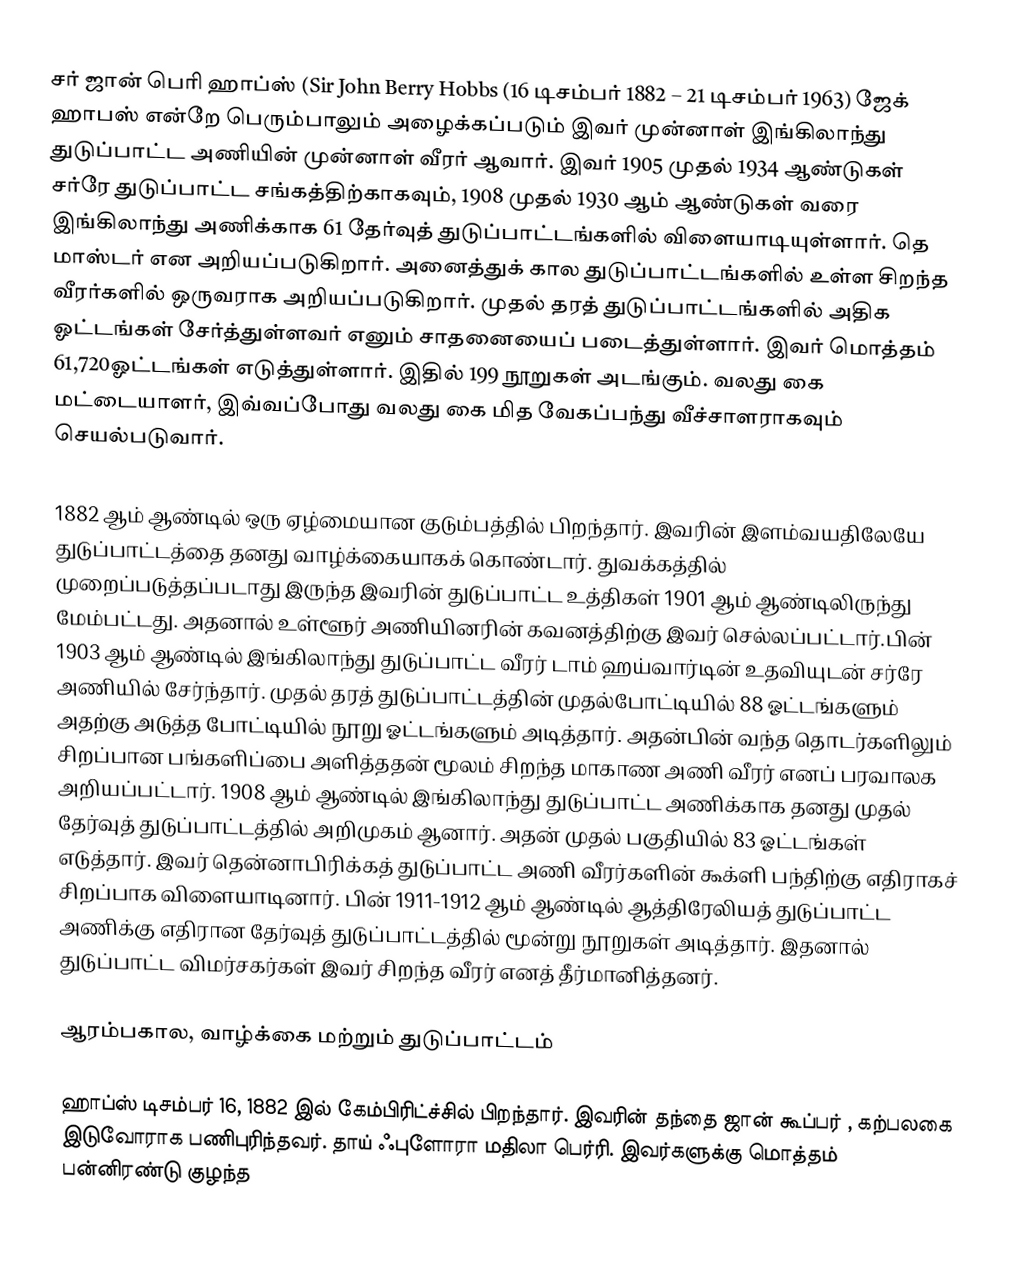
சர் ஜான் பெரி ஹாப்ஸ் (Sir John Berry Hobbs (16 டிசம்பர் 1882 – 21 டிசம்பர் 1963) ஜேக் ஹாபஸ் என்றே பெரும்பாலும் அழைக்கப்படும் இவர் முன்னாள் இங்கிலாந்து துடுப்பாட்ட அணியின் முன்னாள் வீரர் ஆவார். இவர்  1905 முதல் 1934 ஆண்டுகள் சர்ரே துடுப்பாட்ட சங்கத்திற்காகவும், 1908 முதல் 1930 ஆம் ஆண்டுகள் வரை இங்கிலாந்து அணிக்காக  61 தேர்வுத் துடுப்பாட்டங்களில் விளையாடியுள்ளார். தெ மாஸ்டர் என அறியப்படுகிறார். அனைத்துக் கால துடுப்பாட்டங்களில் உள்ள சிறந்த வீரர்களில் ஒருவராக அறியப்படுகிறார். முதல் தரத் துடுப்பாட்டங்களில் அதிக ஓட்டங்கள் சேர்த்துள்ளவர் எனும் சாதனையைப் படைத்துள்ளார். இவர் மொத்தம் 61,720ஓட்டங்கள் எடுத்துள்ளார். இதில் 199 நூறுகள்  அடங்கும். வலது கை மட்டையாளர், இவ்வப்போது வலது கை மித வேகப்பந்து வீச்சாளராகவும் செயல்படுவார்.

1882 ஆம் ஆண்டில் ஒரு ஏழ்மையான குடும்பத்தில் பிறந்தார். இவரின் இளம்வயதிலேயே துடுப்பாட்டத்தை தனது வாழ்க்கையாகக் கொண்டார். துவக்கத்தில் முறைப்படுத்தப்படாது இருந்த இவரின் துடுப்பாட்ட உத்திகள் 1901 ஆம் ஆண்டிலிருந்து மேம்பட்டது. அதனால் உள்ளூர் அணியினரின் கவனத்திற்கு இவர் செல்லப்பட்டார்.பின் 1903 ஆம் ஆண்டில் இங்கிலாந்து துடுப்பாட்ட வீரர் டாம் ஹய்வார்டின் உதவியுடன் சர்ரே அணியில் சேர்ந்தார். முதல் தரத் துடுப்பாட்டத்தின் முதல்போட்டியில் 88 ஓட்டங்களும் அதற்கு அடுத்த போட்டியில் நூறு ஓட்டங்களும் அடித்தார். அதன்பின் வந்த தொடர்களிலும் சிறப்பான பங்களிப்பை அளித்ததன் மூலம் சிறந்த மாகாண அணி வீரர் எனப் பரவாலக அறியப்பட்டார்.  1908 ஆம் ஆண்டில் இங்கிலாந்து துடுப்பாட்ட அணிக்காக தனது முதல் தேர்வுத் துடுப்பாட்டத்தில் அறிமுகம் ஆனார். அதன் முதல் பகுதியில் 83 ஓட்டங்கள் எடுத்தார். இவர் தென்னாபிரிக்கத் துடுப்பாட்ட அணி வீரர்களின் கூக்ளி பந்திற்கு எதிராகச் சிறப்பாக விளையாடினார். பின் 1911-1912 ஆம் ஆண்டில் ஆத்திரேலியத் துடுப்பாட்ட அணிக்கு எதிரான தேர்வுத் துடுப்பாட்டத்தில் மூன்று நூறுகள் அடித்தார். இதனால் துடுப்பாட்ட விமர்சகர்கள் இவர் சிறந்த வீரர் எனத் தீர்மானித்தனர்.

ஆரம்பகால, வாழ்க்கை மற்றும் துடுப்பாட்டம்

ஹாப்ஸ் டிசம்பர் 16, 1882 இல் கேம்பிரிட்ச்சில் பிறந்தார். இவரின் தந்தை ஜான் கூப்பர் , கற்பலகை இடுவோராக பணிபுரிந்தவர். தாய் ஃபுளோரா மதிலா பெர்ரி. இவர்களுக்கு மொத்தம் பன்னிரண்டு குழந்த